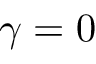
\gamma = 0